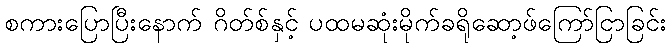
စကားပြောပြီးနောက် ဂိတ်စ်နှင့် ပထမဆုံးမိုက်ခရိုဆော့ဖ်ကြော်ငြာခြင်း